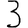
Digit: 3